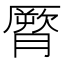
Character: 𦠒